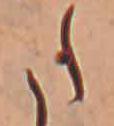
た